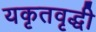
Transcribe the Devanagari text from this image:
यकृतवृद्धी